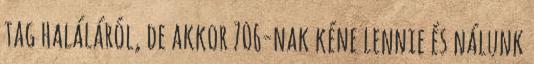
tag haláláról, de akkor 706-nak kéne lennie és nálunk